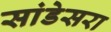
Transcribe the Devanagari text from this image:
सांडेसरा